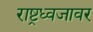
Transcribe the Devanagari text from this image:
राष्ट्रध्वजावर